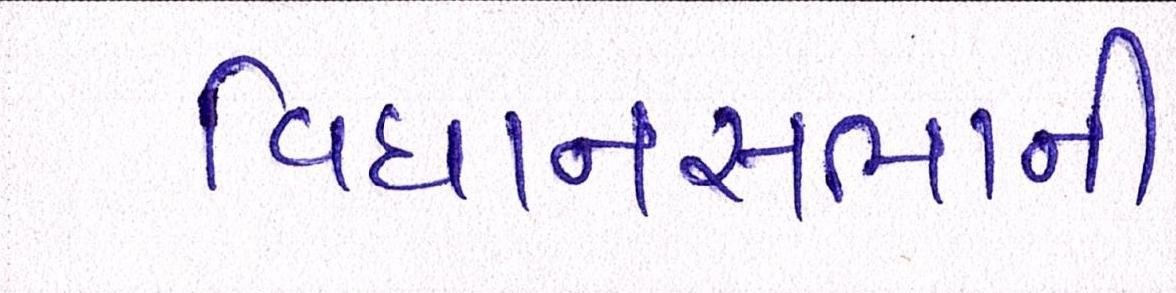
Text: વિધાનસભાની